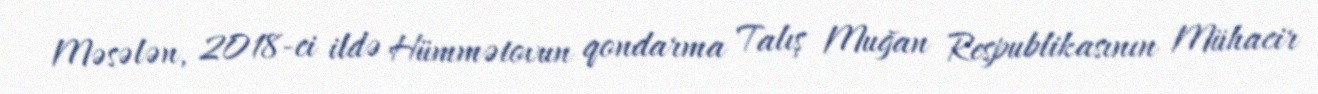
Məsələn, 2018-ci ildə Hümmətovun qondarma Talış Muğan Respublikasının Mühacir